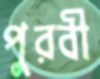
পুরবী